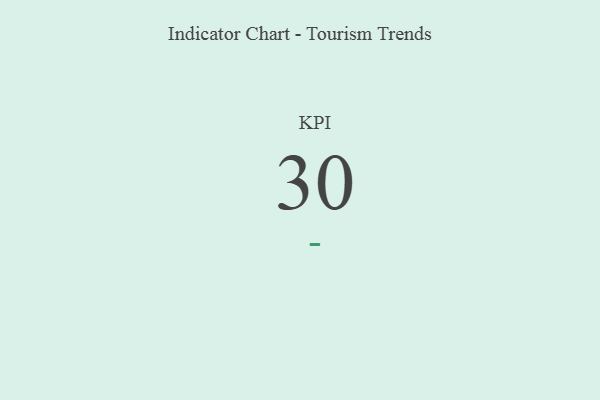
{"axis": {"x": "KPI", "y": "Value"}, "legend": [""], "data": [{"x": "KPI", "y": 30, "type": ""}]}